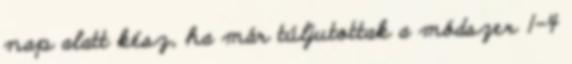
nap alatt kész, ha már túljutottak a módszer 1–4